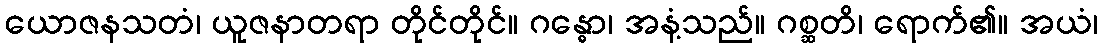
ယောဇနသတံ၊ ယူဇနာတရာ တိုင်တိုင်။ ဂန္ဓော၊ အနံ့သည်။ ဂစ္ဆတိ၊ ရောက်၏။ အယံ၊